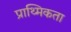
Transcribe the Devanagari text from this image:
प्राथ्मिकता